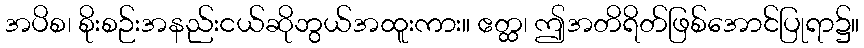
အပိစ၊ စိုးစဉ်းအနည်းငယ်ဆိုဘွယ်အထူးကား။ ဧတ္ထ၊ ဤအတိရိတ်ဖြစ်အောင်ပြုရာ၌။